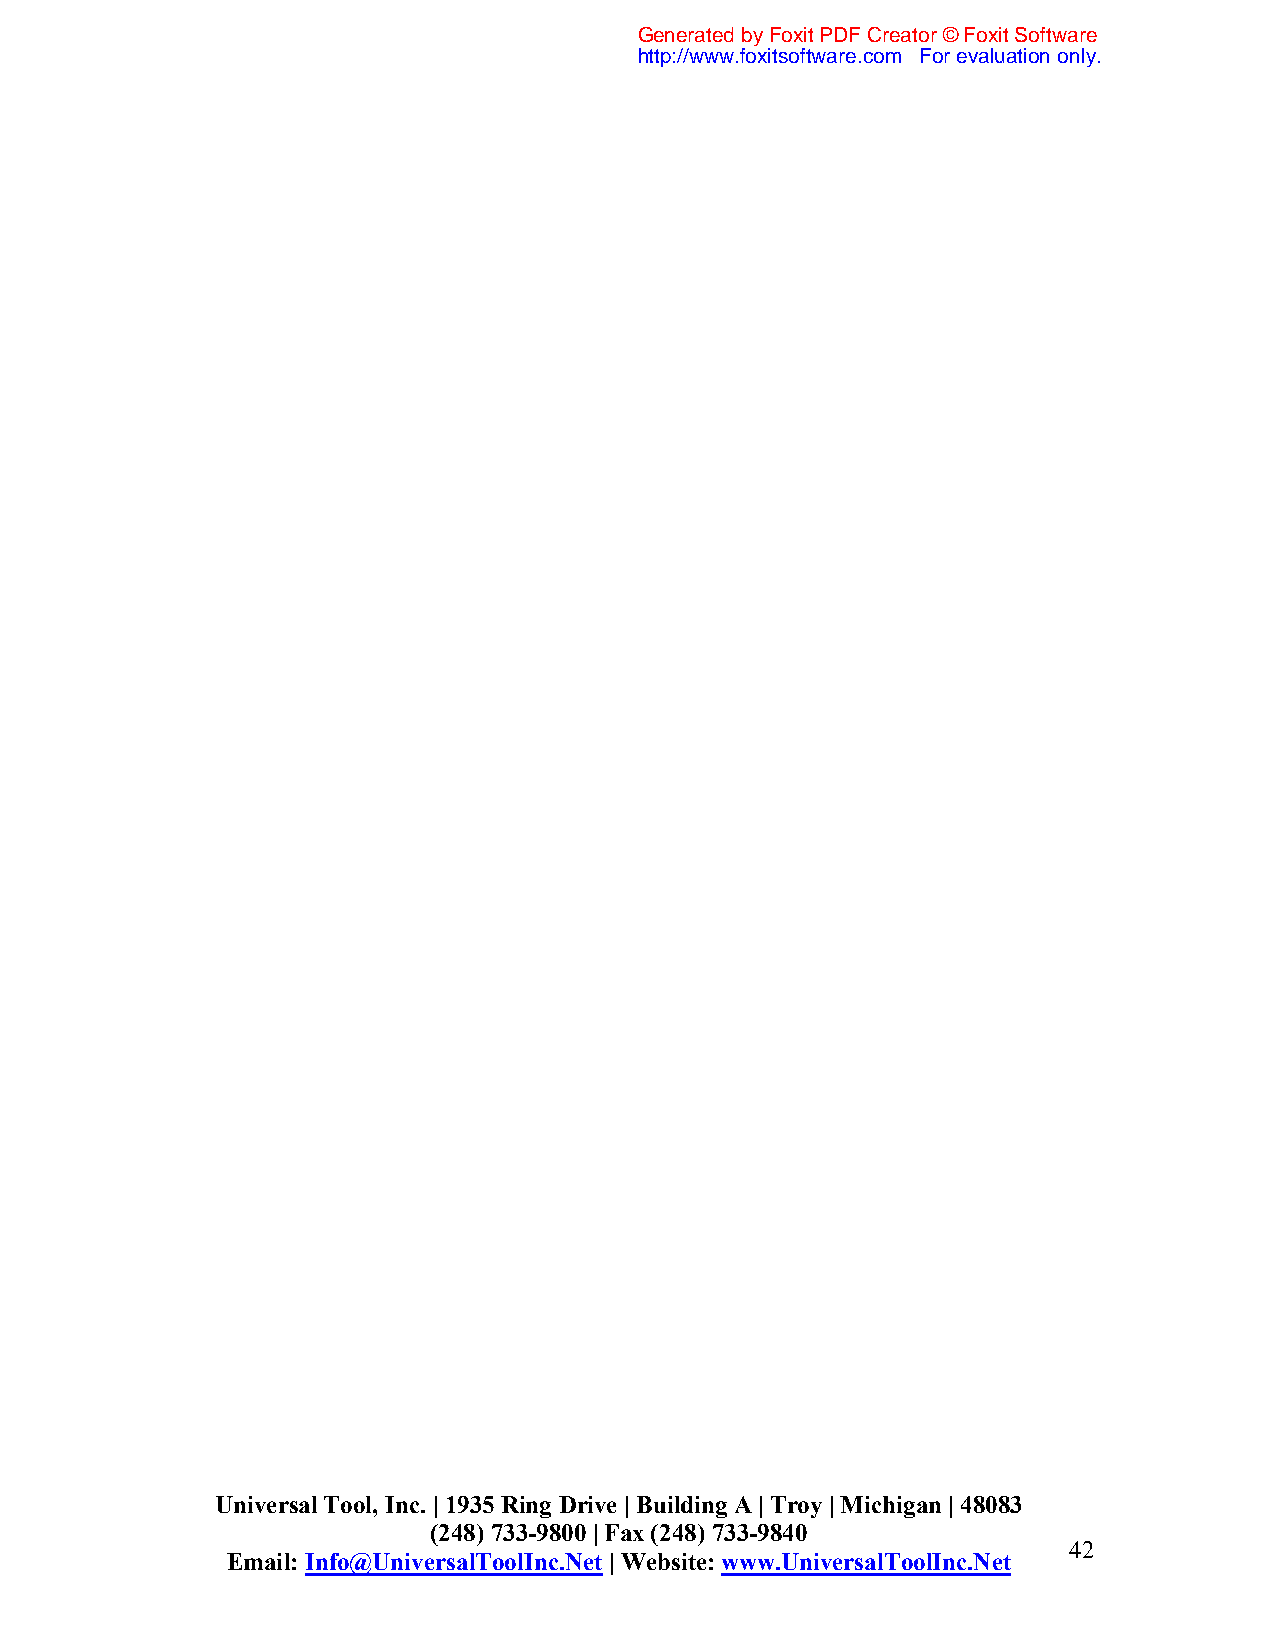
Generated by Foxit PDF Creator © Foxit Software
 http://www.foxitsoftware.com For evaluation only.
 Universal Tool, Inc. | 1935 Ring Drive | Building A | Troy | Michigan | 48083
 (248) 733-9800 | Fax (248) 733-9840
 42
 Email: Info@UniversalToolInc.Net | Website: www.UniversalToolInc.Net